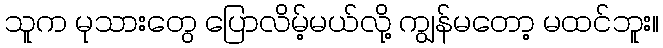
သူက မုသားတွေ ပြောလိမ့်မယ်လို့ ကျွန်မတော့ မထင်ဘူး။